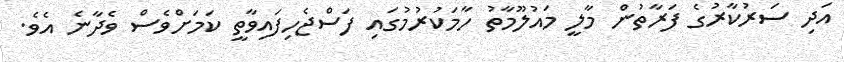
އަދި ސަރުކާރުގެ ފަރާތުން މާލީ މައުލޫމާތު ހާމަކުރުމުގައި ފަސްޖެހިފައިވާތީ ކަމަށްވެސް ވެދާނެ އެވެ.